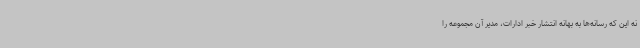
نه این که رسانه‌ها به بهانه انتشار خبر ادارات، مدیر آن مجموعه را